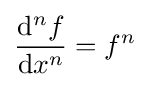
{\frac {\mathrm {d} ^{n}f}{\mathrm {d} x^{n}}}=f^{n}